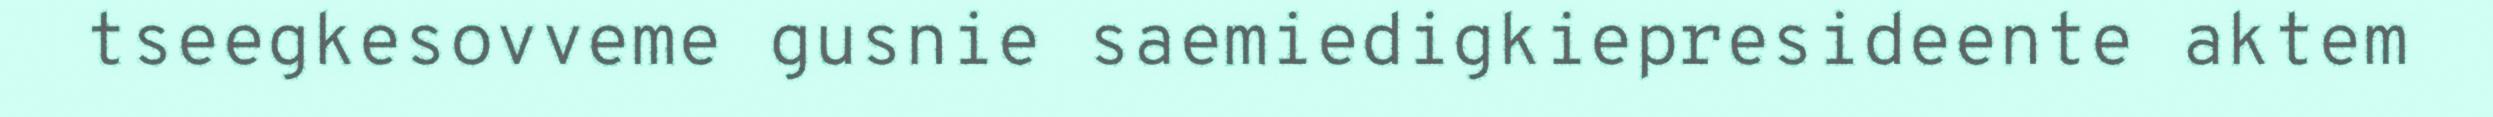
tseegkesovveme gusnie saemiedigkiepresideente aktem